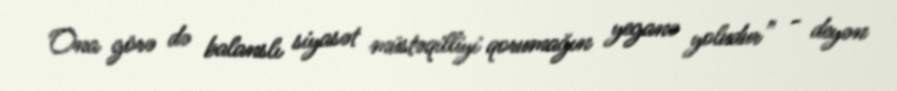
Ona görə də balanslı siyasət müstəqilliyi qorumağın yeganə yoludur” - deyən